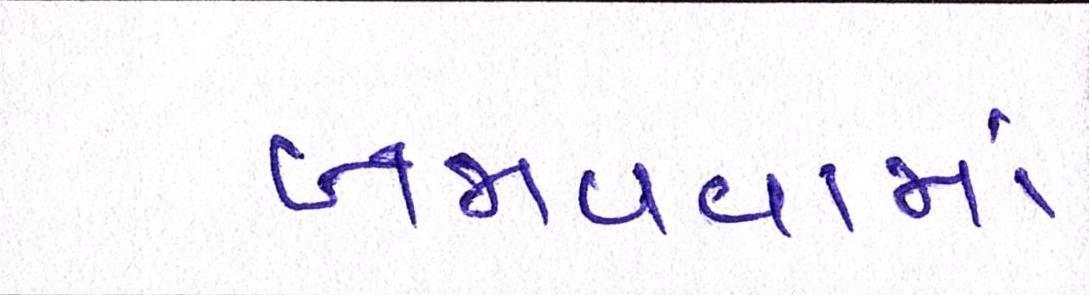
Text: બજાવવામાં